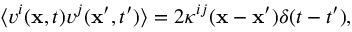
\begin{array} { r } { \langle v ^ { i } ( { \bf x } , t ) v ^ { j } ( { \bf x } ^ { \prime } , t ^ { \prime } ) \rangle = 2 \kappa ^ { i j } ( { \bf x } - { \bf x } ^ { \prime } ) \delta ( t - t ^ { \prime } ) , } \end{array}